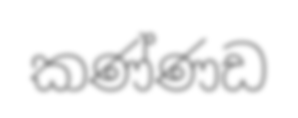
කණ්ණඩ